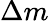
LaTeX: \Delta m